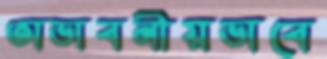
অভাবনীয়ভাবে